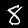
Label: 8